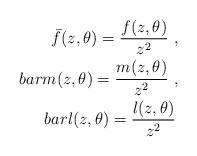
LaTeX: \begin{align*}\bar{f}(z,\theta)=\frac{f(z,\theta)}{z^2}\ , \\bar{m}(z,\theta)=\frac{m(z,\theta)}{z^2}\ , \\bar{l}(z,\theta)=\frac{l(z,\theta)}{z^2}\,\end{align*}